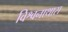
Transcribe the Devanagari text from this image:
विश्वनाथास